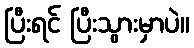
ပြီးရင် ပြီးသွားမှာပဲ။